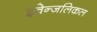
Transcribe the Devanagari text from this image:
इवेन्जलिकल